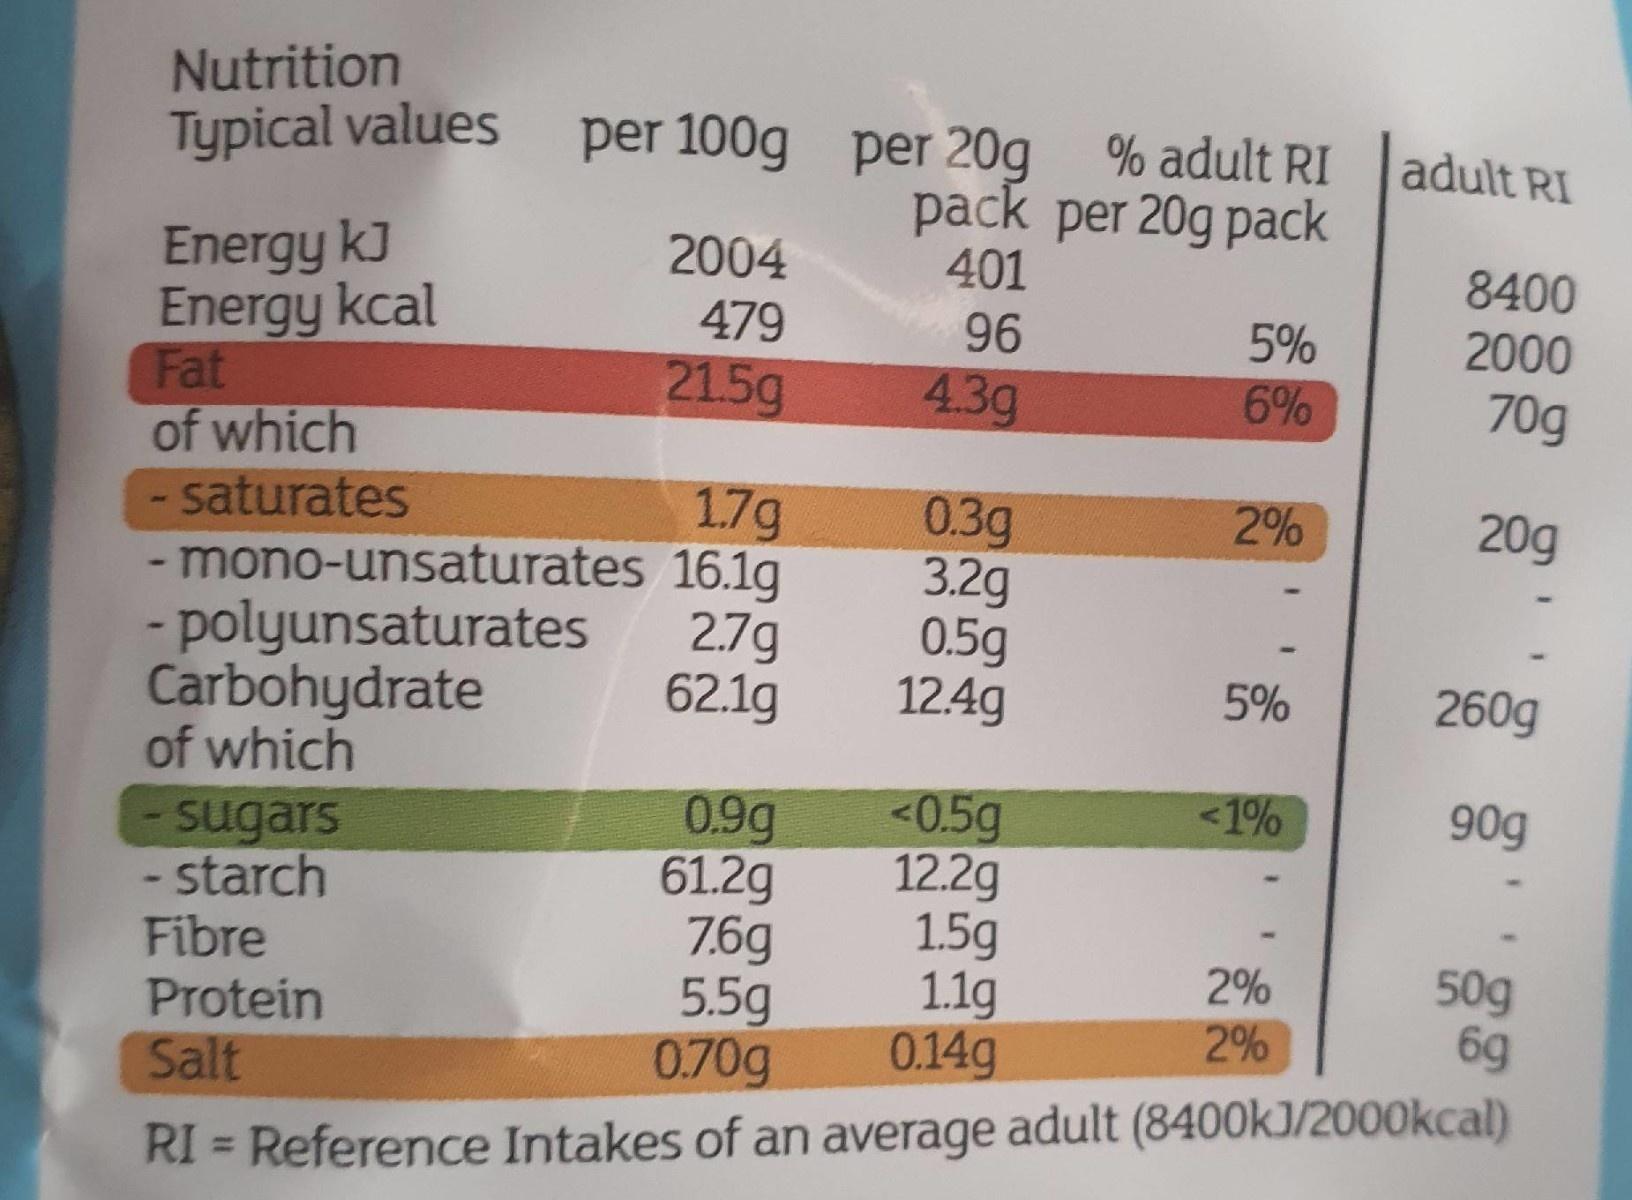
Nutrition Typical values
per 100g per 20g
% adult RI pack per 20g pack 401
adult RI
Energy kJ Energy kcal Fat of which saturates
2004
8400
479
96
5%
2000
21.5g
4.3g
6%
70g
0.3g 3.2g 0.5g 12.4g
17g
2%
20g
- mono-unsaturates 16.1g - polyunsaturates Carbohydrate of which
2.7g 62.1g
5%
260g
<1%
90g
- starch Fibre Protein Salt
0.9g 61.2g 7.6g 5.5g 0.70g
<0.5g 12.2g 1.5g 1.1g 0.14g
sugars
50g 6g
2%
2%
RI = Reference Intakes of an average adult (8400kJ/2000kcal)
%3D
శ్లి